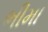
ભીમા